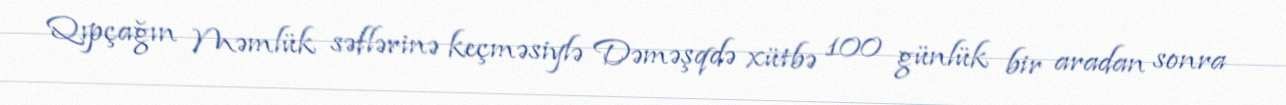
Qıpçağın Məmlük səflərinə keçməsiylə Dəməşqdə xütbə 100 günlük bir aradan sonra